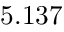
5 . 1 3 7